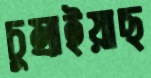
চুম্‌রাইয়াছ